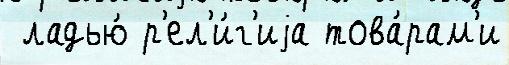
 ладью́ р'ел'и́г'иjа това́рам'и